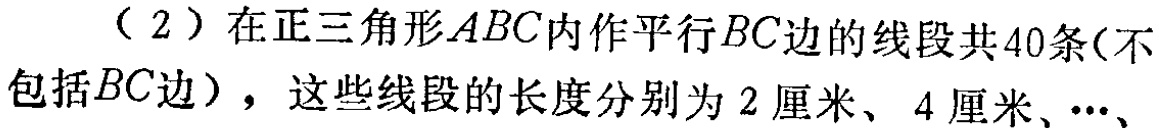
（2）在正三角形\(ABC\)内作平行\(BC\)边的线段共\(40\)条(不包括\(BC\)边)，这些线段的长度分别为\(2\)厘米、\(4\)厘米、\(\cdots\)、